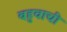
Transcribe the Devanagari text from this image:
बहुवाची